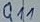
Text: Q11